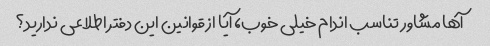
آها مشاور تناسب اندام خیلی خوب، آیا از قوانین این دفتر اطلاعی ندارید؟